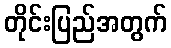
တိုင်းပြည်အတွက်